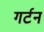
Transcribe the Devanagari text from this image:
गर्टन